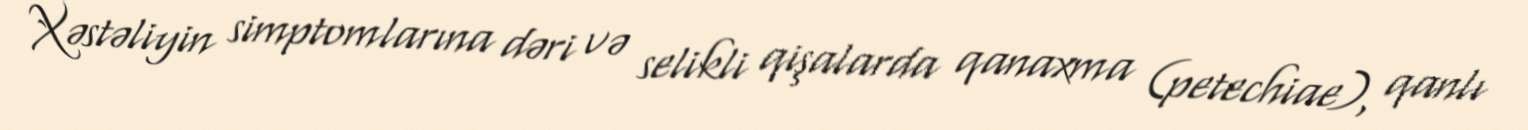
Xəstəliyin simptomlarına dəri və selikli qişalarda qanaxma (petechiae), qanlı